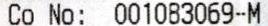
CO NO: 001083069-M